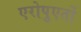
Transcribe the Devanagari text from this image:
एरोपुएर्तो